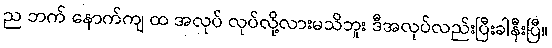
ည ဘက် နောက်ကျ ထ အလုပ် လုပ်လို့လားမသိဘူး ဒီအလုပ်လည်းပြီးခါနီးပြီ။